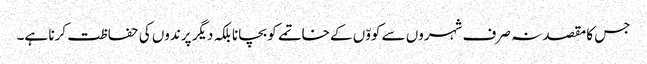
جس کا مقصد نہ صرف شہروں سے کووّں کے خاتمے کو بچانا بلکہ دیگر پرندوں کی حفاظت کرنا ہے۔